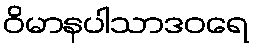
ဝိမာနပါသာဒဝရေ